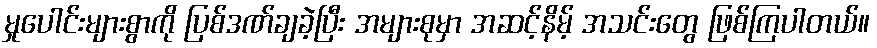
မှုပေါင်းများစွာကို ပြစ်ဒဏ်ချခဲ့ပြီး အများစုမှာ အဆင့်နိမ့် အသင်းတွေ ဖြစ်ကြပါတယ်။